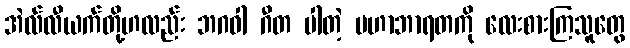
အဲလ်လီယက်တို့ဟလည်း ဘဂဝါ ဂီတ ပါတဲ့ မဟာဘာရတကို လေးစားကြသူတွေ